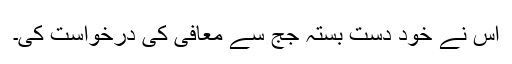
اس نے خود دست بستہ جج سے معافی کی درخواست کی۔